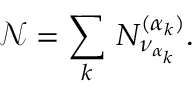
{ \mathcal N } = \sum _ { k } \, N _ { \nu _ { \alpha _ { k } } } ^ { ( \alpha _ { k } ) } .